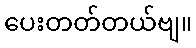
ပေးတတ်တယ်ဗျ။